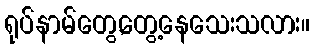
ရုပ်နာမ်တွေ,တွေ့နေသေးသလား။